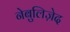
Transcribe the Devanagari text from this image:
नेबुलिज़ेद